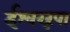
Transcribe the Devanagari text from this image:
ईश्वररूपा